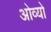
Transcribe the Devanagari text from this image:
ओव्यो